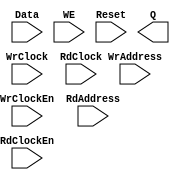
// --------------------------------------------------------------------
// >>>>>>>>>>>>>>>>>>>>>>>>> COPYRIGHT NOTICE <<<<<<<<<<<<<<<<<<<<<<<<<
// --------------------------------------------------------------------
// Copyright (c) 2005-2011 by Lattice Semiconductor Corporation
// --------------------------------------------------------------------
//
//
//                     Lattice Semiconductor Corporation
//                     5555 NE Moore Court
//                     Hillsboro, OR 97214
//                     U.S.A.
//
//                     TEL: 1-800-Lattice  (USA and Canada)
//                          1-408-826-6000 (other locations)
//
//                     web: http://www.latticesemi.com/
//
// --------------------------------------------------------------------
//
// Black Box definition for PMI Blocks
// fpga\verilog\pkg\versclibs\data\pmi\pmi_def.v 1.36 10-OCT-2011 13:30:37 PPUTREVU

module pmi_distributed_dpram 
  #(parameter pmi_addr_depth = 32,
    parameter pmi_addr_width = 5,
    parameter pmi_data_width = 8,
    parameter pmi_regmode = "reg",
    parameter pmi_init_file = "none",
    parameter pmi_init_file_format = "binary",
    parameter pmi_family = "EC",
    parameter module_type = "pmi_distributed_dpram")

    (
    input [(pmi_addr_width-1):0] WrAddress,
    input [(pmi_data_width-1):0] Data,
    input WrClock,
    input WE,
    input WrClockEn,
    input [(pmi_addr_width-1):0] RdAddress,
    input RdClock,
    input RdClockEn,
    input Reset,
    output [(pmi_data_width-1):0] Q)/* synthesis syn_black_box */;

endmodule // pmi_distributed_dpram

module pmi_distributed_spram 
  #(parameter pmi_addr_depth = 32,
    parameter pmi_addr_width = 5,
    parameter pmi_data_width = 8,
    parameter pmi_regmode = "reg",
    parameter pmi_init_file = "none",
    parameter pmi_init_file_format = "binary",
    parameter pmi_family = "EC",
    parameter module_type = "pmi_distributed_spram")

    (
     input [(pmi_addr_width-1):0] Address,
     input [(pmi_data_width-1):0] Data,
     input Clock,
     input ClockEn,
     input WE,
     input Reset,
     output [(pmi_data_width-1):0] Q)/* synthesis syn_black_box */;

endmodule // pmi_distributed_spram

module pmi_addsub #(parameter pmi_data_width = 8,
		    parameter pmi_result_width = 8,
		    parameter pmi_sign = "off",
		    parameter pmi_family = "EC",
		    parameter module_type = "pmi_addsub"
		    )
  
  (
   input [pmi_data_width-1:0] DataA,
   input [pmi_data_width-1:0] DataB,
   input Cin,
   input Add_Sub,
   output [pmi_data_width-1:0] Result,
   output Cout,
   output Overflow)/*synthesis syn_black_box */;
endmodule // pmi_addsub

module pmi_ram_dp
  #(parameter pmi_wr_addr_depth = 512,
    parameter pmi_wr_addr_width = 9,
    parameter pmi_wr_data_width = 18,
    parameter pmi_rd_addr_depth = 512,
    parameter pmi_rd_addr_width = 9,
    parameter pmi_rd_data_width = 18,
    parameter pmi_regmode = "reg",
    parameter pmi_gsr = "disable",
    parameter pmi_resetmode = "sync",
    parameter pmi_optimization = "speed",
    parameter pmi_init_file = "none",
    parameter pmi_init_file_format = "binary",
    parameter pmi_family = "EC",
    parameter module_type = "pmi_ram_dp")
    
    (input [(pmi_wr_data_width-1):0] Data,
     input [(pmi_wr_addr_width-1):0] WrAddress,
     input [(pmi_rd_addr_width-1):0] RdAddress,
     input  WrClock,
     input  RdClock,
     input  WrClockEn,
     input  RdClockEn,
     input  WE,
     input  Reset,
     output [(pmi_rd_data_width-1):0]  Q) /*synthesis syn_black_box*/;

endmodule // pmi_ram_dp

module pmi_ram_dq
  #(parameter pmi_addr_depth = 512,
    parameter pmi_addr_width = 9,
    parameter pmi_data_width = 18,
    parameter pmi_regmode = "reg",
    parameter pmi_gsr = "disable",
    parameter pmi_resetmode = "sync",
    parameter pmi_optimization = "speed",
    parameter pmi_init_file = "none",
    parameter pmi_init_file_format = "binary",
    parameter pmi_write_mode = "normal",
    parameter pmi_family = "EC",
    parameter module_type = "pmi_ram_dq")
    
    (input [(pmi_data_width-1):0]	Data,
     input [(pmi_addr_width-1):0] Address,
     input  Clock,
     input  ClockEn,
     input  WE,
     input  Reset,
     output [(pmi_data_width-1):0]  Q)/*synthesis syn_black_box*/;
   
endmodule // pmi_ram_dq

module pmi_rom
  #(parameter pmi_addr_depth = 512,
    parameter pmi_addr_width = 9,
    parameter pmi_data_width = 8,
    parameter pmi_regmode = "reg",
    parameter pmi_gsr = "disable",
    parameter pmi_resetmode = "sync",
    parameter pmi_optimization = "speed",
    parameter pmi_init_file = "none",
    parameter pmi_init_file_format = "binary",
    parameter pmi_family = "EC",
    parameter module_type = "pmi_rom")

    (input [(pmi_addr_width-1):0]	Address,
     input OutClock,
     input OutClockEn,
     input Reset,
     output [(pmi_data_width-1):0] Q)/*synthesis syn_black_box*/;

endmodule // pmi_rom

module pmi_fifo_dc #(
		     parameter pmi_data_width_w = 18,
		     parameter pmi_data_width_r = 18,
		     parameter pmi_data_depth_w = 256,
		     parameter pmi_data_depth_r = 256,
		     parameter pmi_full_flag = 256,
		     parameter pmi_empty_flag = 0,
		     parameter pmi_almost_full_flag = 252,
		     parameter pmi_almost_empty_flag = 4,
		     parameter pmi_regmode = "reg",
		     parameter pmi_resetmode = "async",
		     parameter pmi_family = "EC" ,
		     parameter module_type = "pmi_fifo_dc",
			  parameter pmi_implementation = "EBR"
		     )

  (input  [pmi_data_width_w-1:0] Data,
   input WrClock,
   input RdClock,
   input WrEn,
   input RdEn,
   input Reset,
   input RPReset,
   output [pmi_data_width_r-1:0] Q,
   output Empty,
   output Full,
   output AlmostEmpty,
   output AlmostFull)/*synthesis syn_black_box */;

endmodule // pmi_fifo_dc

module pmi_fifo #(
		     parameter pmi_data_width = 8,
		     parameter pmi_data_depth = 256,
		     parameter pmi_full_flag = 256,
		     parameter pmi_empty_flag = 0,
		     parameter pmi_almost_full_flag = 252,
		     parameter pmi_almost_empty_flag = 4,
		     parameter pmi_regmode = "reg",
		     parameter pmi_family = "EC" ,
		     parameter module_type = "pmi_fifo",
			  parameter pmi_implementation = "EBR")

  (input  [pmi_data_width-1:0] Data,
   input Clock,
   input WrEn,
   input RdEn,
   input Reset,
   output [pmi_data_width-1:0] Q,
   output Empty,
   output Full,
   output AlmostEmpty,
   output AlmostFull)/*synthesis syn_black_box */;

endmodule // pmi_fifo